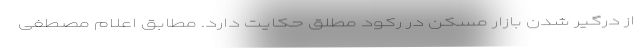
از درگیر شدن بازار مسکن در رکود مطلق حکایت دارد. مطابق اعلام مصطفی